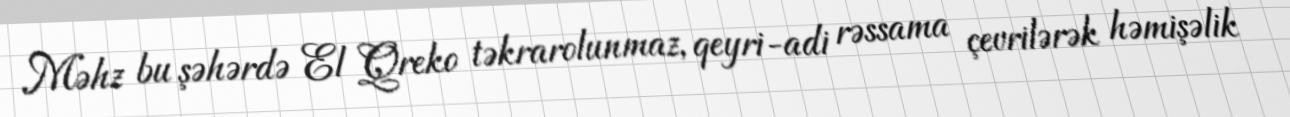
Məhz bu şəhərdə El Qreko təkrarolunmaz, qeyri-adi rəssama çevrilərək həmişəlik